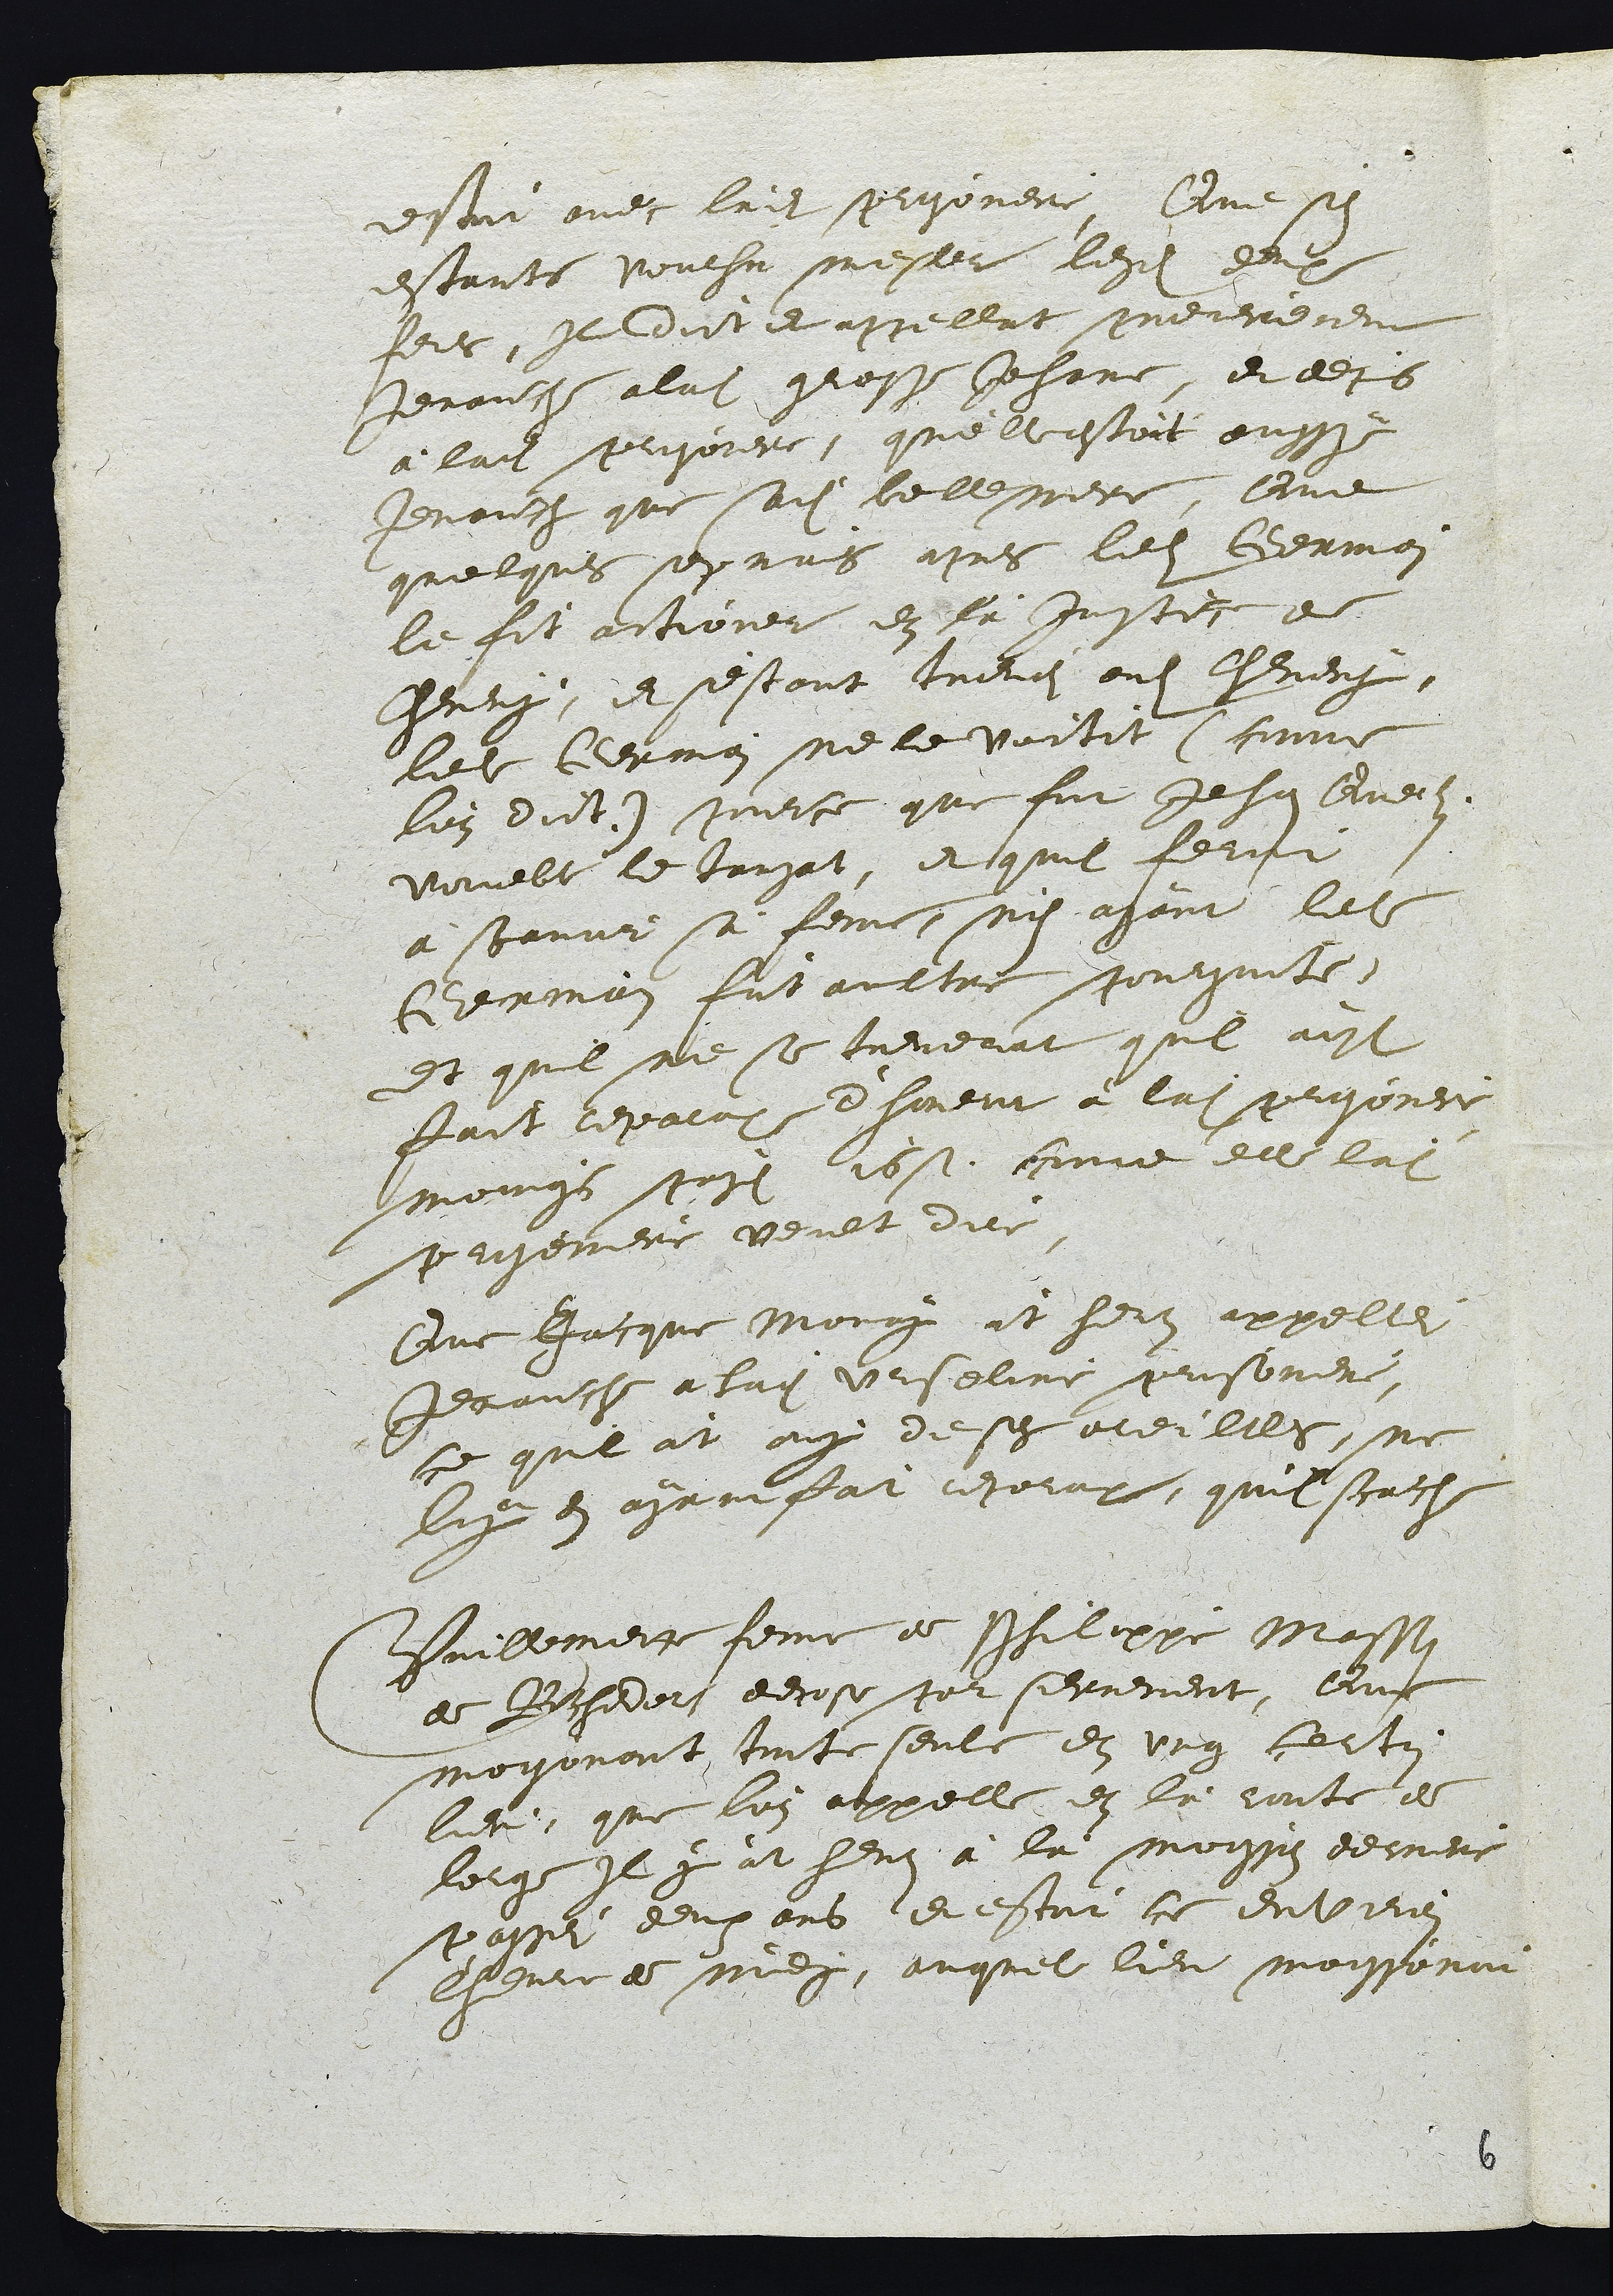
estoit avec ladite prisoniere, Que s'en
estants voulsu mesler lesdits deux
freres, Il dict et appellat premierement
Jenauche aladite grosse Jehane, et depuis
à ladite prisoniere, qu'elle estoit aussy
Jenauche que sadite belle mere. Que
quelques sepmaines apres ledit Germain
le fit actioner en là Justice de
Cheveney, et s'estant treuvei audit Cheveney,
ledit Germain ne le voitit (come
l'on dict.) pource que fut Jehan Querlain
voueble le tansat, et quil feroit
à sermoner sa feme, n'en ayant ledit
Germain fait aultre poursuite,
et quil ne se treverat quil ayt
fait reparation d'honeur à ladite prisoniere
moings payé 16 s. come elle ladite
prisoniere veult dire.
Que Jacque Moray àt heuz appellei
Jenauche a ladite Urseline prisoniere,
ce quil àt ouy de ses oreilles, ne
luy en ayant fait reparation, qu'il scache
Vuillemette feme de Philippe Masson
de Rochedor depose par serrement, Que
moisonant toute seule en ung certin
lieu, que l'on appelle en là route de
lorge Il y àt heut à la moisson derniere
passei deux ans et estoit ce environ
l'heure de midy, auquel lieu moissonoit

6